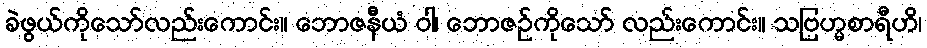
ခဲဖွယ်ကိုသော်လည်းကောင်း။ ဘောဇနီယံ ဝါ၊ ဘောဇဉ်ကိုသော် လည်းကောင်း။ သဗြဟ္မစာရီဟိ၊